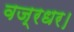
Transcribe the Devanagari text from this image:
वज्रधर।